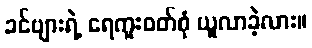
ခင်ဗျားရဲ့ ရေကူးဝတ်စုံ ယူလာခဲ့လား။